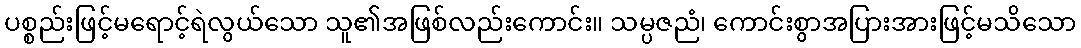
ပစ္စည်းဖြင့်မရောင့်ရဲလွယ်သော သူ၏အဖြစ်လည်းကောင်း။ သမ္ပဇညံ၊ ကောင်းစွာအပြားအားဖြင့်မသိသော